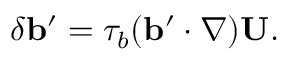
\delta { \bf { b } } ^ { \prime } = \tau _ { b } ( { \bf { b } } ^ { \prime } \cdot \nabla ) { \bf { U } } .